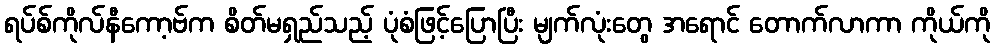
ရပ်စ်ကိုလ်နီကော့ဗ်က စိတ်မရှည်သည့် ပုံစံဖြင့်ပြောပြီး မျက်လုံးတွေ အရောင် တောက်လာကာ ကိုယ်ကို